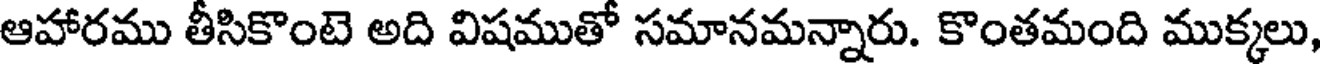
ఆహారము తీసికొంటె అది విషముతో సమానమన్నారు. కొంతమంది ముక్కలు,